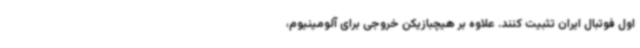
اول فوتبال ایران تثبیت کنند. علاوه بر هیچبازیکن خروجی برای آلومینیوم،